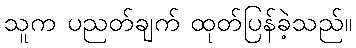
သူက ပညတ်ချက် ထုတ်ပြန်ခဲ့သည်။